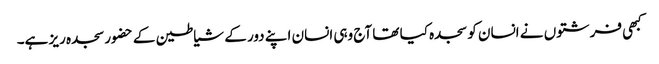
کبھی فرشتوں نے انسان کو سجدہ کیا تھا آج وہی انسان اپنے دور کے شیاطین کے حضور سجدہ ریز ہے۔